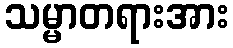
သမ္မာတရားအား